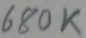
Text: 680K